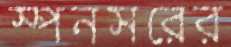
স্পনসরের